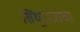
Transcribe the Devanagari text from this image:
सिंधूराजाचा